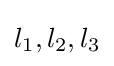
l_{1},l_{2},l_{3}